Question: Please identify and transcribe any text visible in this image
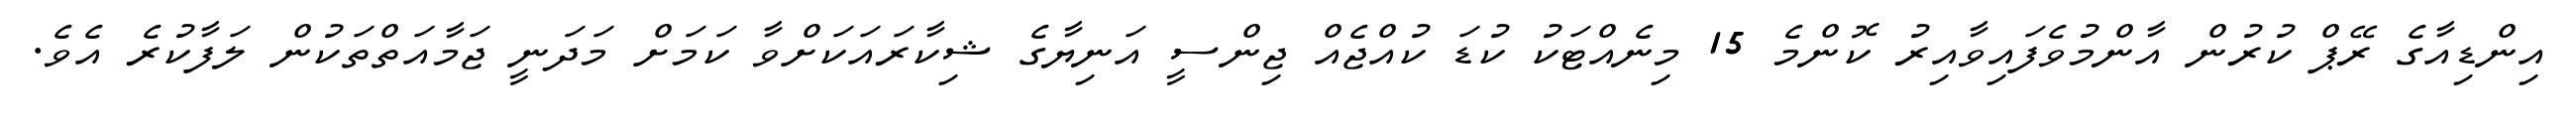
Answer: އިންޑިއާގެ ރޭޕް ކުރުން އާންމުވެފައިވާއިރު ކޮންމެ 15 މިނެއްޓަކު ކުޑަ ކުއްޖެއް ޖިންސީ އަނިޔާގެ ޝިކާރައަކަށްވާ ކަމަށް މަދަނީ ޖަމާއަތްތަކުން ލަފާކުރެ އެވެ.